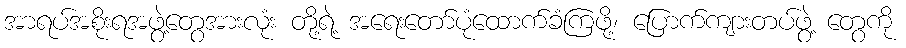
အာရပ်အစိုးရအဖွဲ့တွေအားလုံး တို့ရဲ့ အရေးတော်ပုံထောက်ခံကြဖို့၊ ပြောက်ကျားတပ်ဖွဲ့ တွေကို